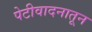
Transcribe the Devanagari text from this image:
पेटीवादनातून